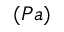
( P a )